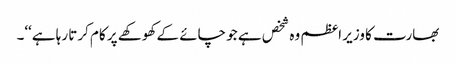
بھارت کا وزیر اعظم وہ شخص ہے جو چائے کے کھوکھے پر کام کرتا رہا ہے‘‘۔